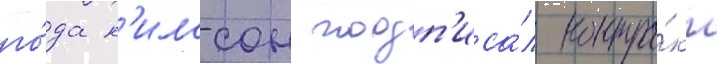
го́да н'илссон подп'иса́л контра́кт